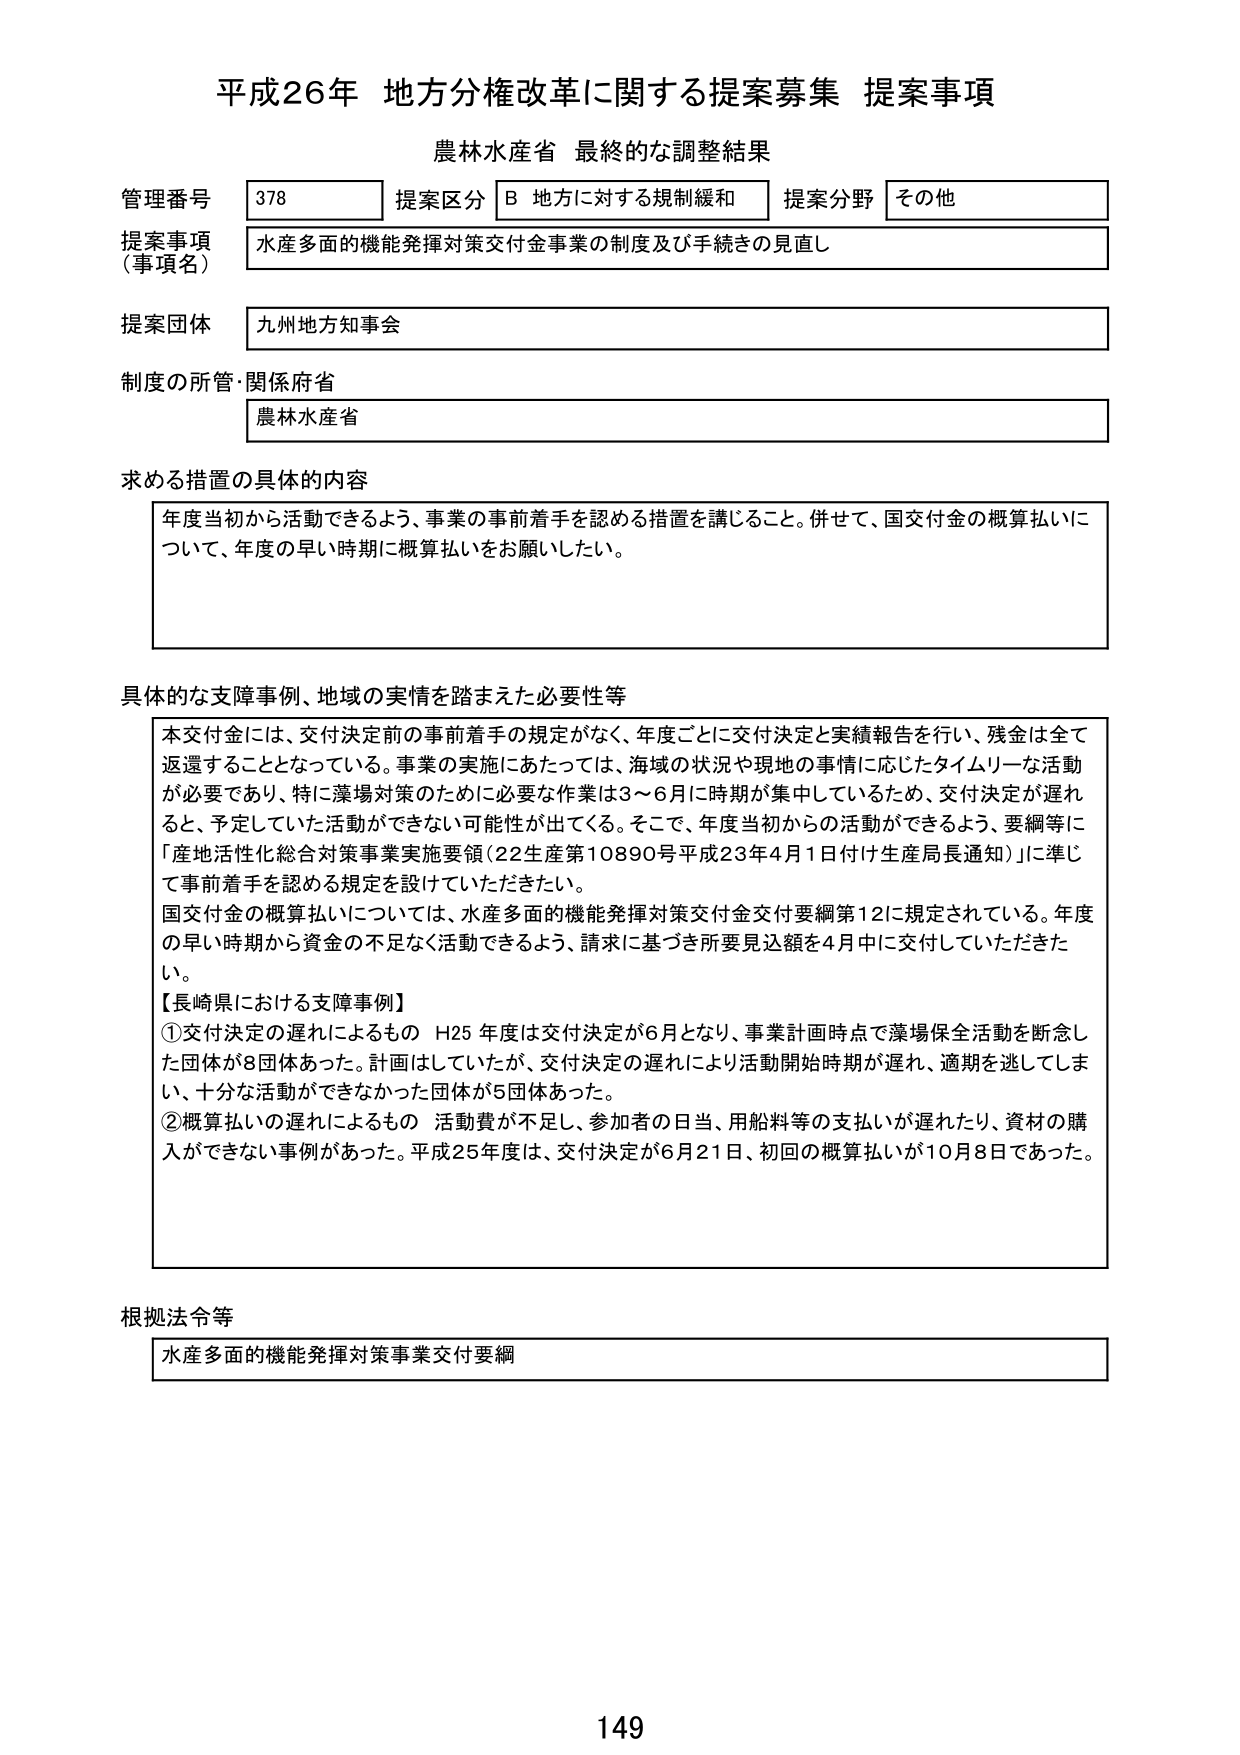
平成26年 地方分権改革に関する提案募集 提案事項
農林水産省 最終的な調整結果

管理番号 378 提案区分 B 地方に対する規制緩和 提案分野 その他
提案事項（事項名） 水産多面的機能発揮対策交付金事業の制度及び手続きの見直し
提案団体 九州地方知事会
制度の所管・関係府省 農林水産省

求める措置の具体的内容
年度当初から活動できるよう、事業の事前着手を認める措置を講じること。併せて、国交付金の概算払いについて、年度の早い時期に概算払いをお願いしたい。

具体的な支障事例、地域の実情を踏まえた必要性等
本交付金には、交付決定前の事前着手の規定がなく、年度ごとに交付決定と実績報告を行い、残金は全て返還することとなっている。事業の実施にあたっては、海域の状況や現地の事情に応じたタイムリーな活動が必要であり、特に藻場対策のために必要な作業は3～6月に時期が集中しているため、交付決定が遅れると、予定していた活動ができない可能性が出てくる。そこで、年度当初からの活動ができるよう、要綱等に「産地活性化総合対策事業実施要領（22生産第10890号平成23年4月1日付け生産局長通知）」に準じて事前着手を認める規定を設けていただきたい。
国交付金の概算払いについては、水産多面的機能発揮対策交付金交付要綱第12に規定されている。年度の早い時期から資金の不足なく活動できるよう、請求に基づき所要見込額を4月中に交付していただきたい。
【長崎県における支障事例】
①交付決定の遅れによるもの H25年度は交付決定が6月となり、事業計画時点で藻場保全活動を断念した団体が8団体あった。計画はしていたが、交付決定の遅れにより活動開始時期が遅れ、適期を逃してしまい、十分な活動ができなかった団体が5団体あった。
②概算払いの遅れによるもの 活動費が不足し、参加者の日当、用船料等の支払いが遅れたり、資材の購入ができない事例があった。平成25年度は、交付決定が6月21日、初回の概算払いが10月8日であった。

根拠法令等
水産多面的機能発揮対策事業交付要綱

149